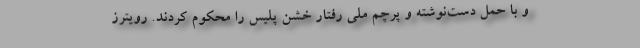
و با حمل دست‌نوشته و پرچم ملی رفتار خشن پلیس را محکوم کردند. رویترز